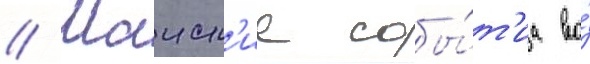
// Маиск'ие собы́т'иа во́